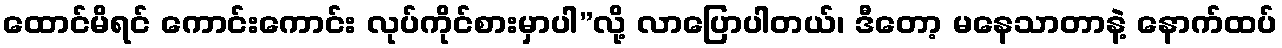
ထောင်မိရင် ကောင်းကောင်း လုပ်ကိုင်စားမှာပါ”လို့ လာပြောပါတယ်၊ ဒီတော့ မနေသာတာနဲ့ နောက်ထပ်